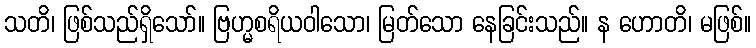
သတိ၊ ဖြစ်သည်ရှိသော်။ ဗြဟ္မစရိယဝါသော၊ မြတ်သော နေခြင်းသည်။ န ဟောတိ၊ မဖြစ်။